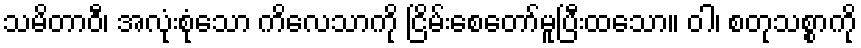
သမိတာဝီ၊ အလုံးစုံသော ကိလေသာကို ငြိမ်းစေတော်မူပြီးထသော။ ဝါ၊ စတုသစ္စာကို